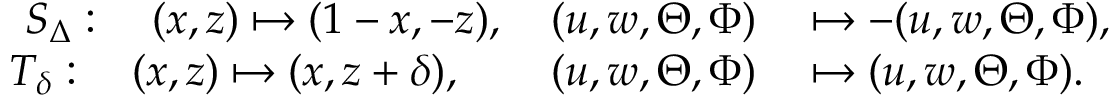
\begin{array} { r l } { S _ { \Delta } : \quad ( x , z ) \mapsto ( 1 - x , - z ) , \quad ( u , w , \Theta , \Phi ) } & { { } \mapsto - ( u , w , \Theta , \Phi ) , } \\ { T _ { \delta } : \quad ( x , z ) \mapsto ( x , z + \delta ) , \qquad ( u , w , \Theta , \Phi ) } & { { } \mapsto ( u , w , \Theta , \Phi ) . } \end{array}